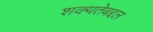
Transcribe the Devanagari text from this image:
शक्यतेबद्दल